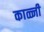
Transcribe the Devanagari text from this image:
काळ्जी